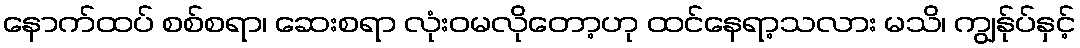
နောက်ထပ် စစ်စရာ၊ ဆေးစရာ လုံးဝမလိုတော့ဟု ထင်နေရာ့သလား မသိ၊ ကျွန်ုပ်နှင့်